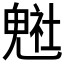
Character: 𲌭